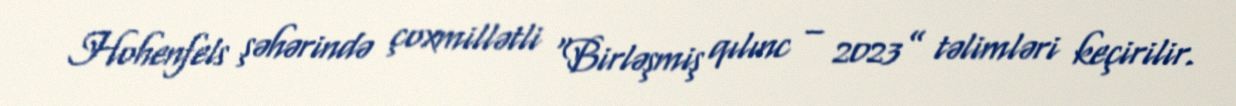
Hohenfels şəhərində çoxmillətli “Birləşmiş qılınc – 2023” təlimləri keçirilir.